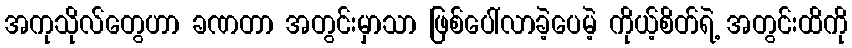
အကုသိုလ်တွေဟာ ခဏတာ အတွင်းမှာသာ ဖြစ်ပေါ်လာခဲ့ပေမဲ့ ကိုယ့်စိတ်ရဲ့ အတွင်းထိကို